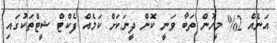
އަނެއް 2% މީހުން ތަބާ ވަނީ ކޮން ދީނަކަށް ކަމެއް ފެކްޓް ޝީޓްތަކުގައި